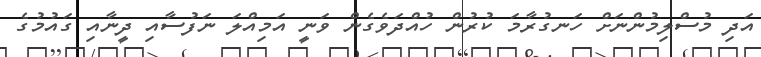
އަދި މުސްލިމުންނަށް ހަނގުރާމަ ކުރުން ހުއްދަވެގެން ވަނީ އަމިއްލަ ނަފުސާއި ދީނާއި ގައުމުގެ